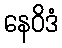
နေဝိဒံ